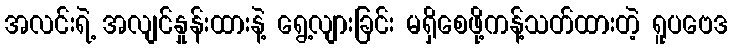
အလင်းရဲ့ အလျင်နှုန်းထားနဲ့ ရွေ့လျားခြင်း မရှိစေဖို့ကန့်သတ်ထားတဲ့ ရူပဗေဒ